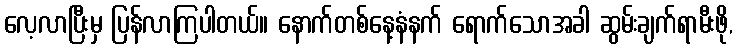
လေ့လာပြီးမှ ပြန်လာကြပါတယ်။ နောက်တစ်နေ့နံနက် ရောက်သောအခါ ဆွမ်းချက်ရာမီးဖို,